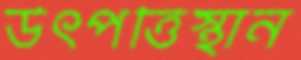
উৎপত্তিস্থান